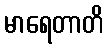
မာရေတာတိ